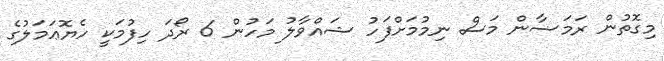
މިގޮތުން ރަމަޟާން މަސް ނިމުމަށްފަހު ޝައްވާލު މަހުން 6 ރޯދަ ހިފުމަކީ ހެޔޮޢަމަލުގެ